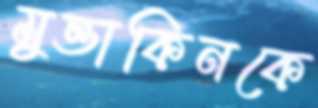
মুত্তাকিনকে